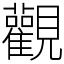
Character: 觀